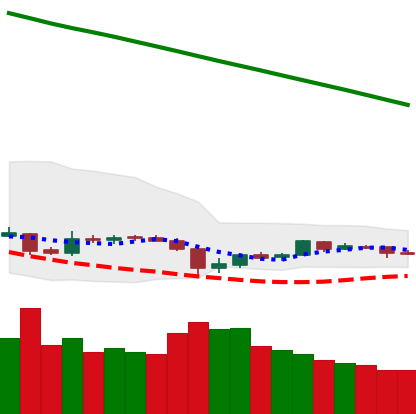
Ticker: EOS-USD
Chart end date: 2019-02-07
Forward return: 25.661%
Label: up_7plus